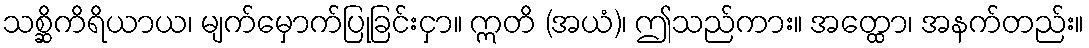
သစ္ဆိကိရိယာယ၊ မျက်မှောက်ပြုခြင်းငှာ။ ဣတိ (အယံ)၊ ဤသည်ကား။ အတ္ထော၊ အနက်တည်း။